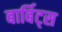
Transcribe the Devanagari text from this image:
बार्बिट्स